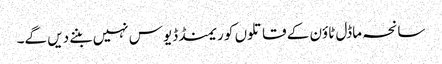
سانحہ ماڈل ٹاؤن کے قاتلوں کو ریمنڈ ڈیوس نہیں بننے دیں گے۔